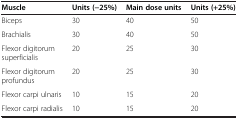
<table><thead><tr><td><b>Muscle</b></td><td><b>Units (−25%)</b></td><td><b>Main dose units</b></td><td><b>Units (+25%)</b></td></tr></thead><tbody><tr><td>Biceps</td><td>30</td><td>40</td><td>50</td></tr><tr><td>Brachialis</td><td>30</td><td>40</td><td>50</td></tr><tr><td>Flexor digitorum superficialis</td><td>20</td><td>25</td><td>30</td></tr><tr><td>Flexor digitorum profundus</td><td>20</td><td>25</td><td>30</td></tr><tr><td>Flexor carpi ulnaris</td><td>10</td><td>15</td><td>20</td></tr><tr><td>Flexor carpi radialis</td><td>10</td><td>15</td><td>20</td></tr></tbody></table>